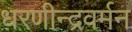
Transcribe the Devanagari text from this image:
धरणीन्द्रवर्मन